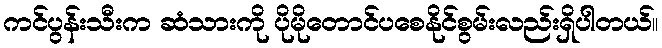
ကင်ပွန်းသီးက ဆံသားကို ပိုမိုတောင်ပစေနိုင်စွမ်းလည်းရှိပါတယ်။